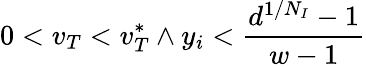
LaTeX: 0<v_{T}<v_{T}^{*}\land y_{i}<\frac{d^{1/N_{I}}-1}{w-1}